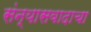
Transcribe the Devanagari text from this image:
संन्यासवादाचा